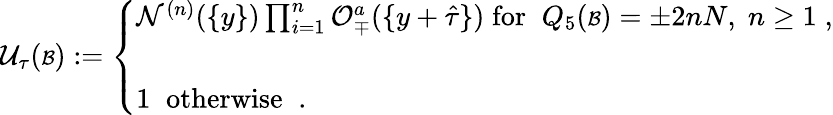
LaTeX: {\cal U}_{\tau}({\scriptstyle{\cal B}}):=\left\{ \begin{array}{l}{{{\cal N}^{(n)}(\{ y\} )\prod_{i=1}^{n}{\cal O}_{\mp}^{a}(\{ y+\hat{\tau}\} )\; \mathrm{for}\; \; Q_{5}({\scriptstyle{\cal B}})=\pm 2nN,\; n\geq 1\; ,}}\\ {{\; }}\\ {{1\; \; \mathrm{otherwise}\; \; .}}\end{array}\right.